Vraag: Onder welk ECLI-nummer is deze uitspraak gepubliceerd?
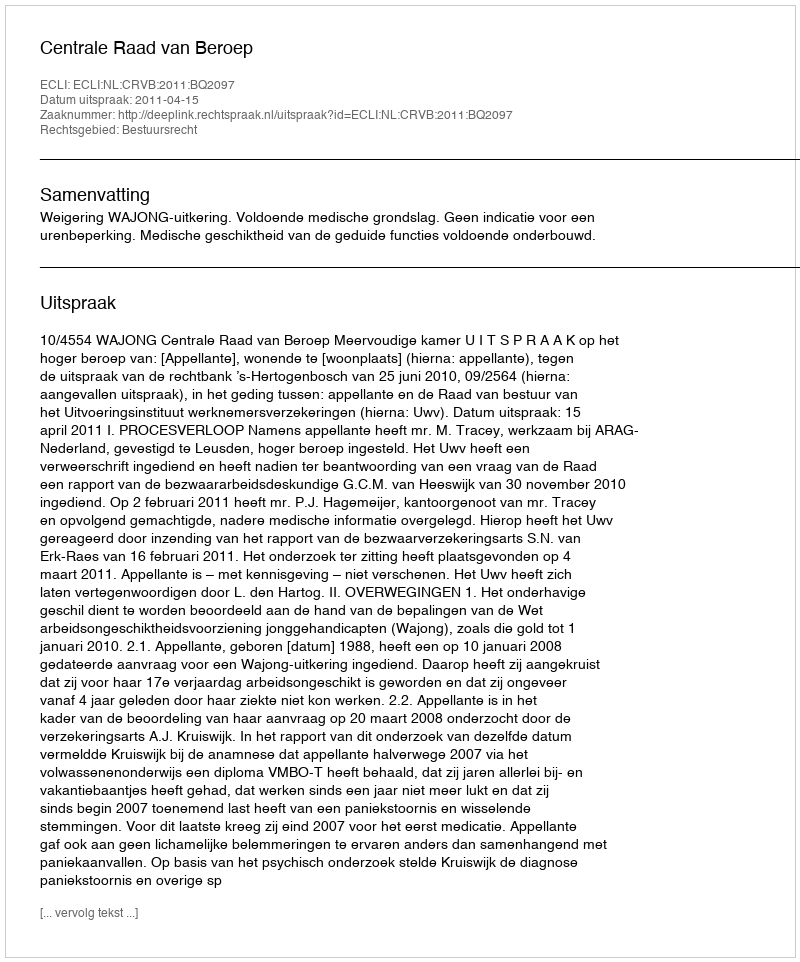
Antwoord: ECLI:NL:CRVB:2011:BQ2097